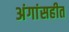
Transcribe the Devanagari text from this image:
अंगांसहीत